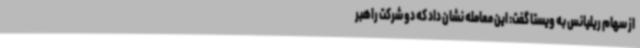
از سهام ریلیانس به ویستا گفت: این معامله نشان داد که دو شرکت راهبر